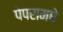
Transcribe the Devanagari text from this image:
पेपरामधे